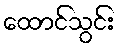
ထောင်သွင်း